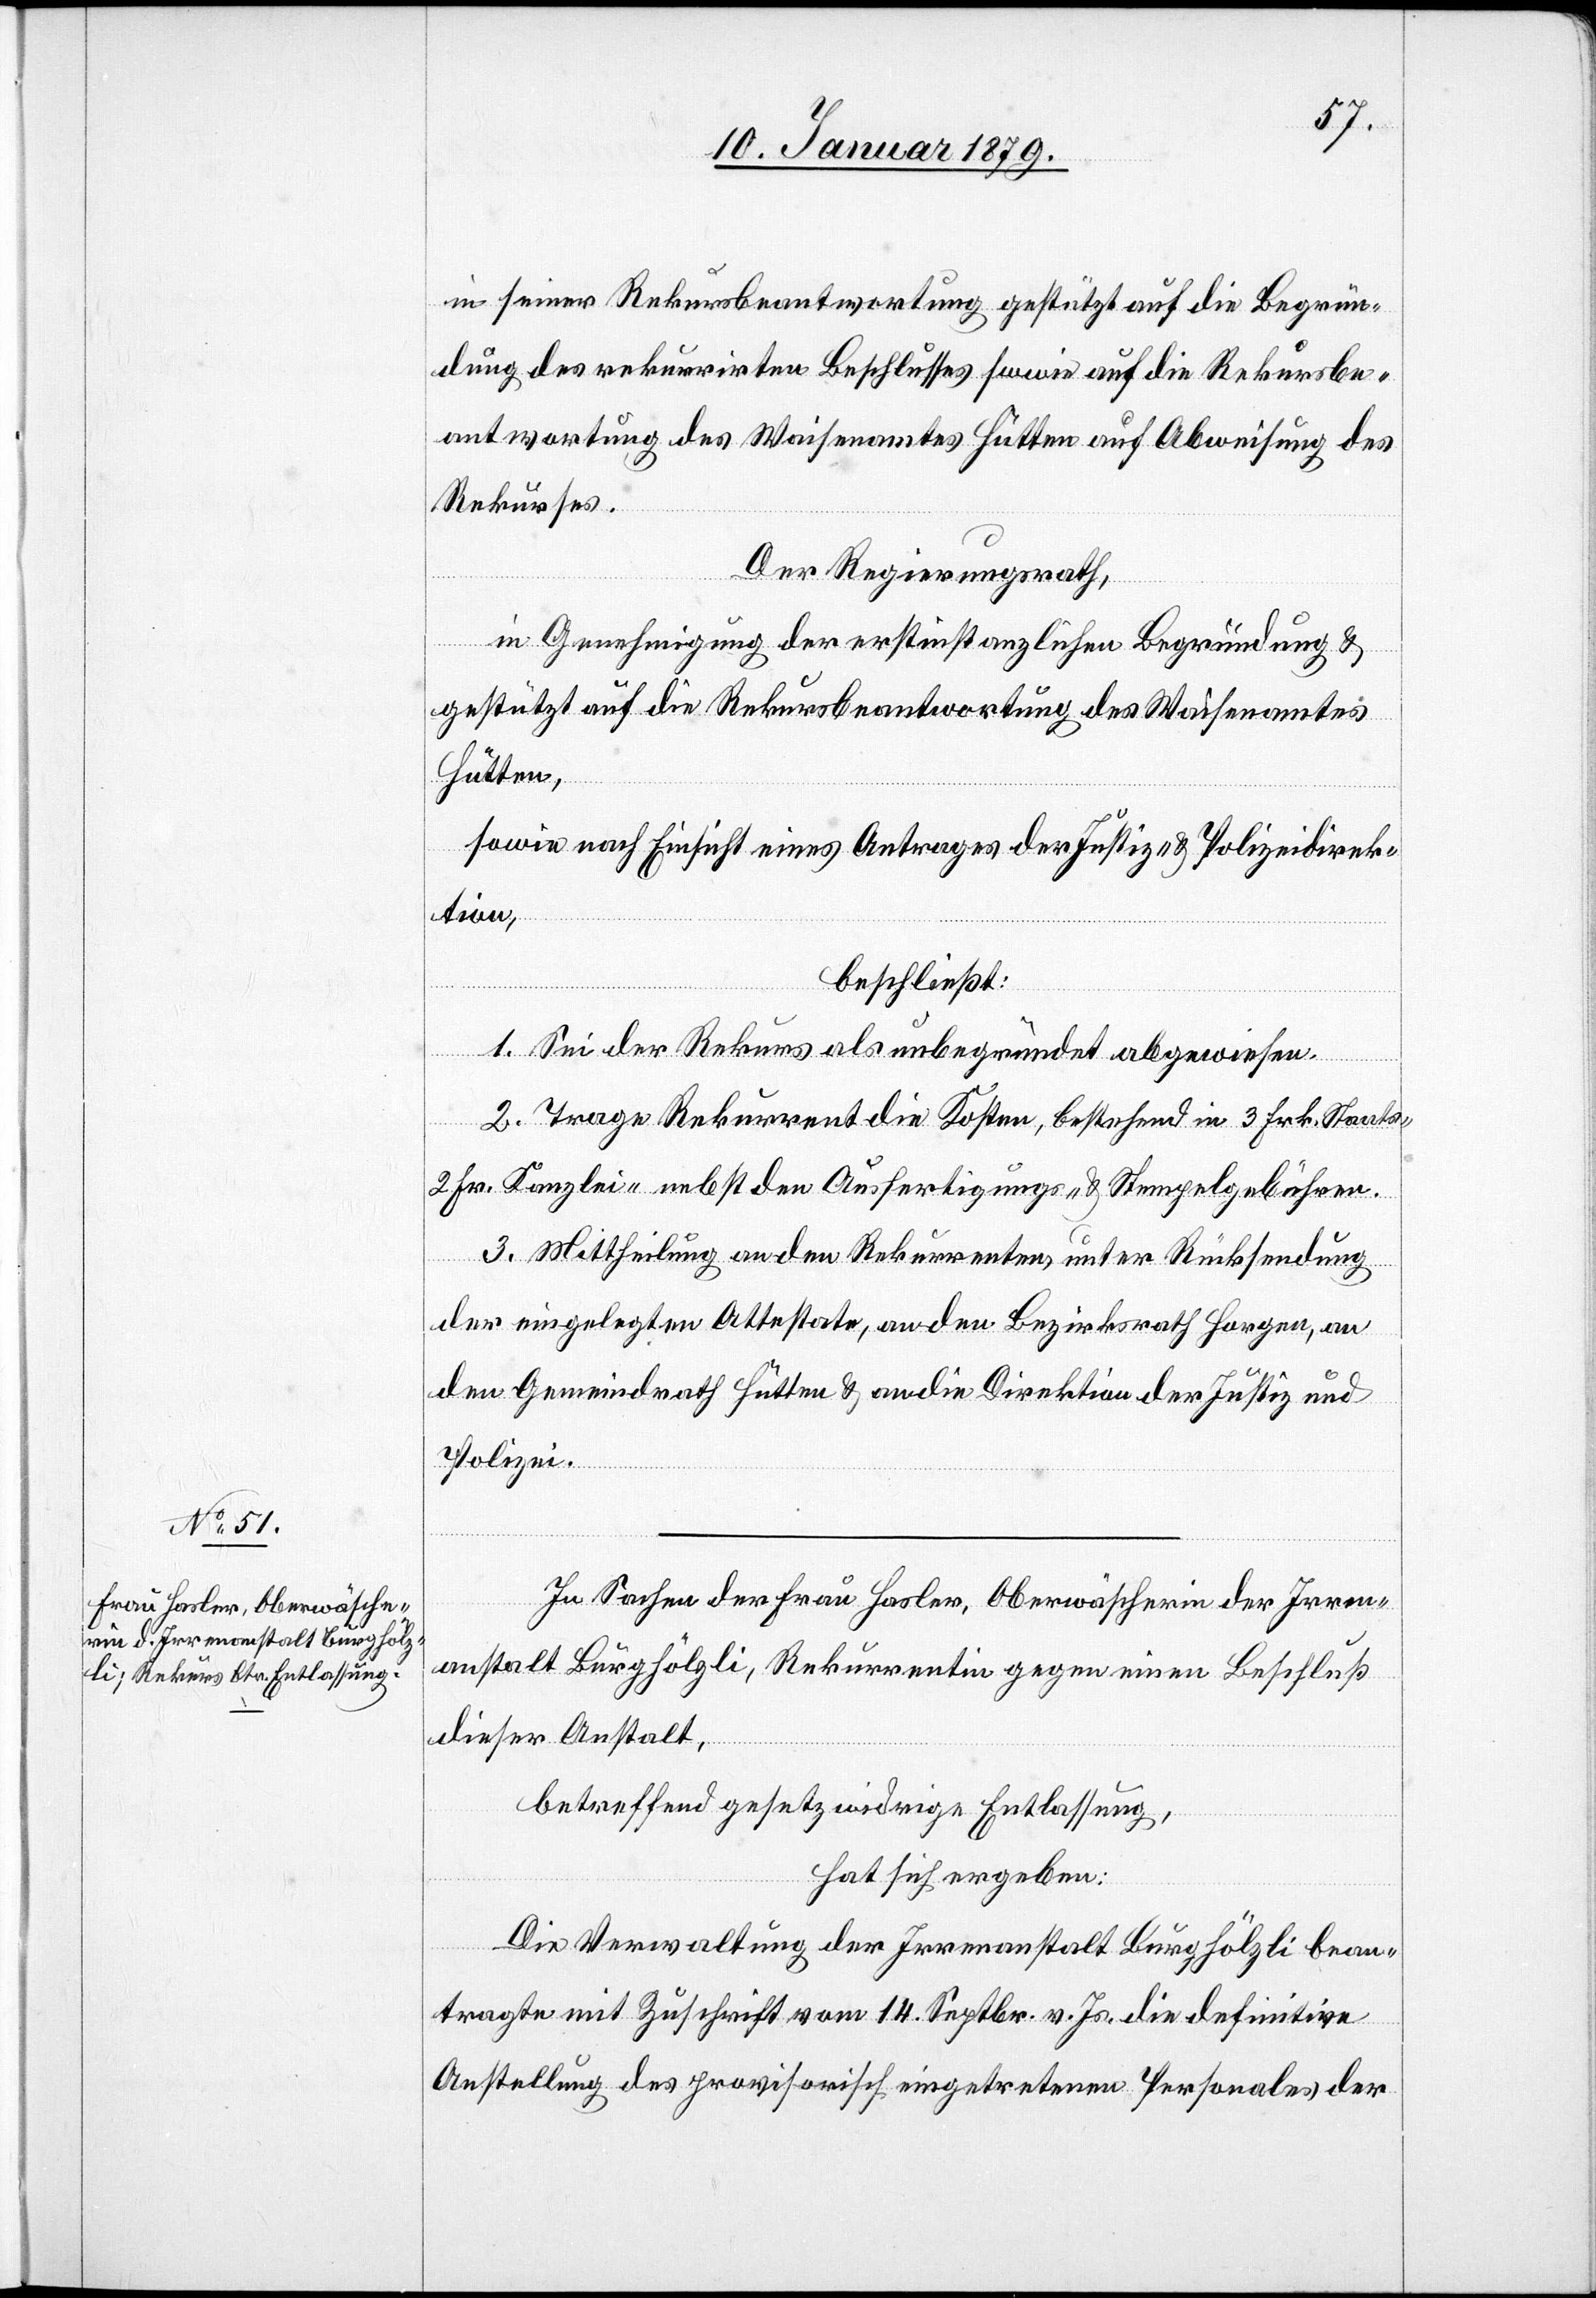
in seiner Rekursbeantwortung gestützt auf die Begrün¬
dung des rekurrirten Beschlusses sowie auf die Rekursbe¬
antwortung des Waisenamtes Hütten auf Abweisung des
Rekurses.
Der Regierungsrath,
in Genehmigung der erstinstanzlichen Begründung &
gestützt auf die Rekursbeantwortung des Waisenamtes
Hütten,
sowie nach Einsicht eines Antrages der Justiz- & Polizeidirek¬
tion,
beschließt:
1. Sei der Rekurs unbegründet abgewiesen.
2. Trage Rekurrent die Kosten, bestehend in 3 Frk. Staats-
2 Fr. Kanzlei- nebst den Ausfertigungs- & Stempelgebühren.
3. Mittheilung an den Rekurrenten unter Rücksendung
der eingelegten Attestate, an den Bezirksrath Horgen, an
den Gemeindrath Hütten & an die Direktion der Justiz und
Polizei.
In Sachen der Frau Hasler, Oberwäscherin der Irren¬
anstalt Burghölzli; Rekurrentin gegen einen Beschluß
dieser Anstalt,
betreffend gesetzwidrige Entlassung,
hat sich ergeben:
Die Verwaltung der Irrenanstalt Burghölzli bean¬
tragte mit Zuschrift vom 14. Septbr. v. Js. die definitive
Anstellung des provisorisch eingetretenen Personales der